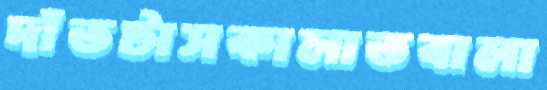
দাঁতটাসকালাতবালা